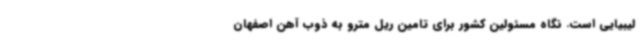
لیبیایی است. نگاه مسئولین کشور برای تامین ریل مترو به ذوب آهن اصفهان